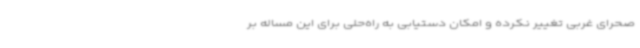
صحرای غربی تغییر نکرده و امکان دستیابی به راه‌حلی برای این مساله بر